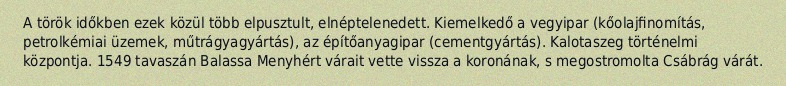
A török időkben ezek közül több elpusztult, elnéptelenedett. Kiemelkedő a vegyipar (kőolajfinomítás, petrolkémiai üzemek, műtrágyagyártás), az építőanyagipar (cementgyártás). Kalotaszeg történelmi központja. 1549 tavaszán Balassa Menyhért várait vette vissza a koronának, s megostromolta Csábrág várát.